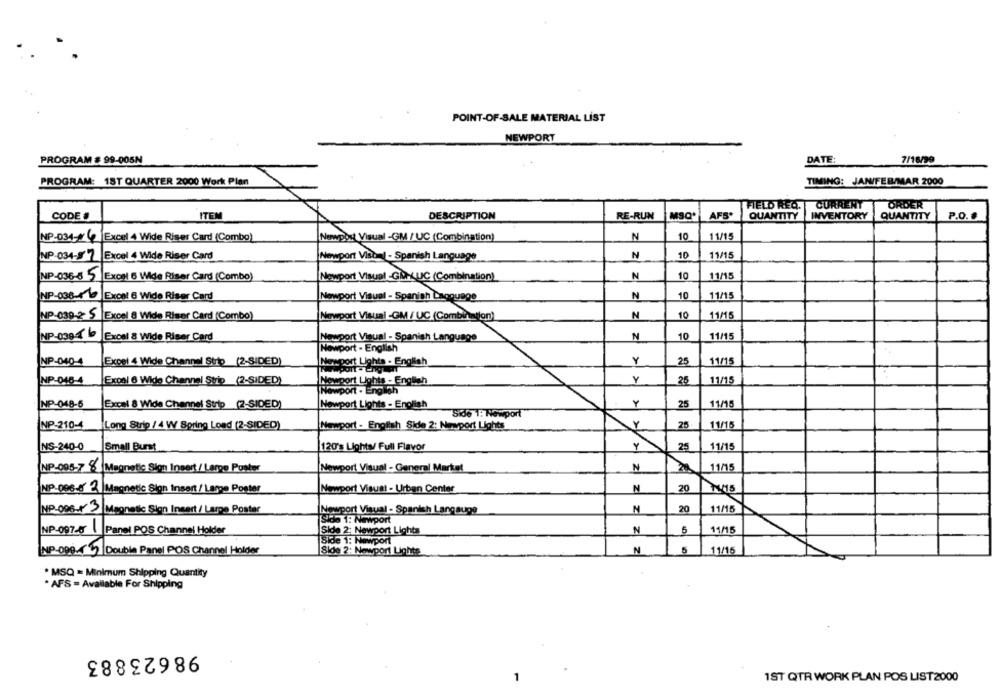
POINT-OF-SALE MATERIAL LIST
NEWPORT
PROGRAM # 99-005N
DATE:
7/16/99
PROGRAM: 1ST QUARTER 2000 Work Plan
TIMING: JAN/FEB/MAR 2000
FIELD REQ.
CURRENT
ORDER
CODE #
ITEM
DESCRIPTION
RE-RUN
MSQ'
AFS.
QUANTITY
INVENTORY
QUANTITY
P.O. #
NP-034- Excel 4 Wide Riser Card (Combo)
Newport Visual -GM / UC (Combination)
N
10
11/15
NP-034-8717 Excel 4 Wide Riser Card
Newport Visoel - Spanish Language
N
10
11/15
NP-036-8 5 Excel 6 Wide Riser Card (Combo)
Newport Visual -GMPUC (Combination)
N
10
11/15
NP-036-4 10
Excel 6 Wide Riser Card
Newport Visual - Spanish Language
N
10
11/15
NP-039-2 5
N
10
11/15
Excel 8 Wide Riser Card (Combo)
Newport Visual -GM / UC (Combination)
NP-0394℃
Excel 8 Wide Riser Card
N
10
11/15
Newport Visual - Spanish Language
Newport - English
NP-040-4
Expel & Wide Channel Strip (2-SIDED)
Newport Lights - English
Y
25
11/15
Y
NP-046-4
Exonl 6 Wide Channel Strip (2-SIDED)
Nossport Lights - English
25
11/15
Newport . Englich
NP-048-5
Excel 8 Wide Channel Strip (2-SIDED)
Newport Lights - English
Y
25
11/15
Side 1: Newport
NP-210-4
Long Strip / 4 W Spring Load (2-SIDED)
Newport - English Side 2: Newport Lights
Y
25
11/15
NS-240-0
Small Burst
120's Lights/ Full Flavor
Y
25
11/15
NP-098-7 8
Magnetic Sign Insert / Larpe Poster
Newport Visual - General Market
M
11/15
NP-096.8 2. Magnetic Sion Insert / Lampe Poster
Newport Visust - Urban Center
N
20
NP-096-x 3
Magnetic Sion Insert / Lampe Poster
Newport Visual - Spanish Langauge
N
20
11/15
Sida 1: Newport
NP-097-6
Panel POS Channel Holder
N
5
11/15
Side 2: Newport Lights
side 1: Newport
NP-099.4747 Double Panel POS Channel Holder
Side 2: Newport Lights
N
5
11/15
. MSQ = Minimum Shipping Quantity
* AFS = Available For Shipping
98623883
1
IST QTR WORK PLAN POS LIST2000